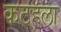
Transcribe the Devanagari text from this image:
कटहला